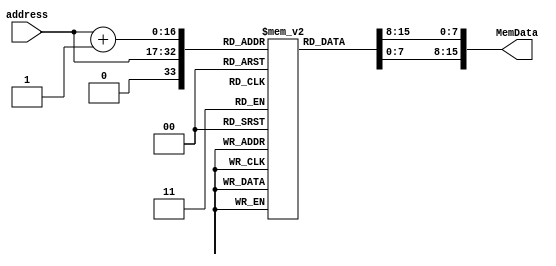
`timescale 1ns / 1ps
//////////////////////////////////////////////////////////////////////////////////
// Company: 
// Engineer: 
// 
// Design Name: 
// Module Name: InstMemory
// Project Name: 
// Target Devices: 
// Tool Versions: 
// Description: 
// 
// Dependencies: 
// 
// Revision:
// Revision 0.01 - File Created
// Additional Comments:
// 
//////////////////////////////////////////////////////////////////////////////////


module InstMemory(
    input [15:0] address,
    output wire [15:0] MemData
    );
    
    reg [7:0]memBlock [0:2**16];
    
    assign #5 MemData = {memBlock[address+1], memBlock[address]};

//little endian
initial begin
    {memBlock[1],memBlock[0]} = 16'h2110;   //R0 = 1 + 2
    {memBlock[3],memBlock[2]} = 16'h2110;   //R0 = 1 + 2
    {memBlock[5],memBlock[4]} = 16'h2110;   //R0 = 1 + 2
    {memBlock[7],memBlock[6]} = 16'h2110;   //R0 = 1 + 2
    {memBlock[9],memBlock[8]} = 16'h2110;   //R0 = 1 + 2
    {memBlock[11],memBlock[10]} = 16'h2110;   //R0 = 1 + 2
    {memBlock[13],memBlock[12]} = 16'h2110;   //R0 = 1 + 2
    {memBlock[15],memBlock[14]} = 16'hE30C;   //R0 = 1 + 2
end    
    
endmodule